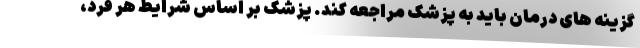
گزینه های درمان باید به پزشک مراجعه کند. پزشک بر اساس شرایط هر فرد،